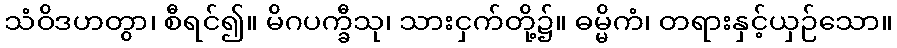
သံဝိဒဟတွာ၊ စီရင်၍။ မိဂပက္ခီသု၊ သားငှက်တို့၌။ ဓမ္မိကံ၊ တရားနှင့်ယှဉ်သော။